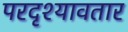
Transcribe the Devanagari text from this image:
परदृश्यावतार